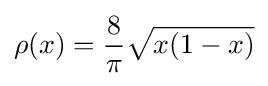
\rho (x)={\frac {8}{\pi }}{\sqrt {x(1-x)}}